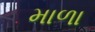
માળા